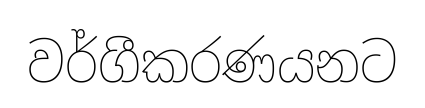
වර්ගීකරණයනට